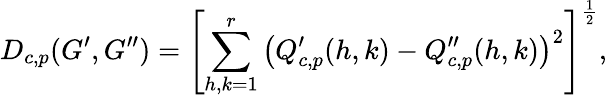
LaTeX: D_{c,p}(G^{\prime},G^{\prime\prime})=\left[\sum_{h,k=1}^{r}\left(Q_{c,p}^{\prime}(h,k)-Q_{c,p}^{\prime\prime}(h,k)\right)^{2}\right]^{\frac{1}{2}},